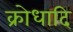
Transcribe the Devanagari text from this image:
क्रोधादि